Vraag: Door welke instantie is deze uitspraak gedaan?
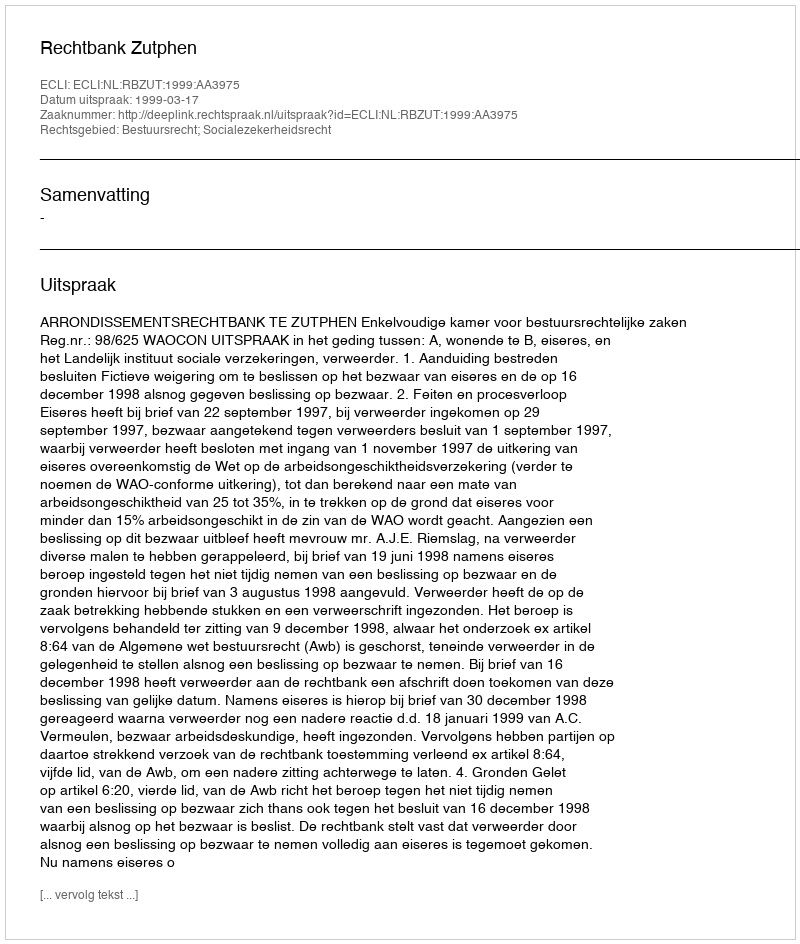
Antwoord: Rechtbank Zutphen